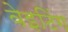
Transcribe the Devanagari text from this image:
वेइटिंग